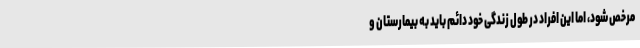
مرخص شود، اما این افراد در طول زندگی خود دائم باید به بیمارستان و